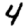
Digit: 4